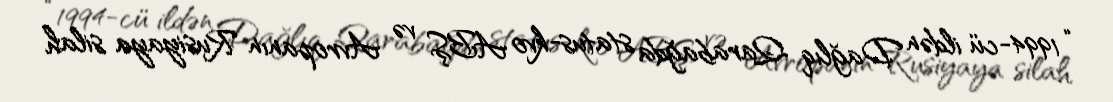
“1994-cü ildən Dağlıq Qarabağda status-kvo ABŞ və Avropanın Rusiyaya silah